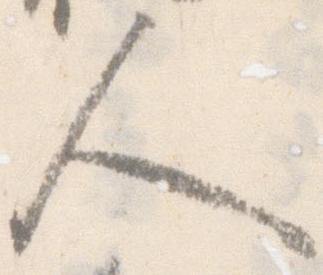
人